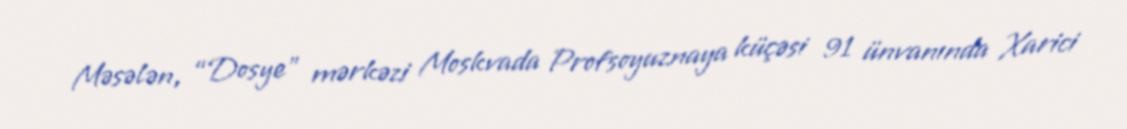
Məsələn, “Dosye” mərkəzi Moskvada Profsoyuznaya küçəsi 91 ünvanında Xarici